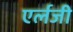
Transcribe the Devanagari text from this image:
एर्लजी